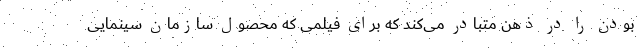
بودن را در ذهن متبادر می‌کند که برای فیلمی که محصول سازمان سینمایی